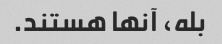
بله، آنها هستند.